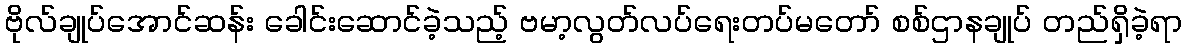
ဗိုလ်ချုပ်အောင်ဆန်း ခေါင်းဆောင်ခဲ့သည့် ဗမာ့လွတ်လပ်ရေးတပ်မတော် စစ်ဌာနချုပ် တည်ရှိခဲ့ရာ